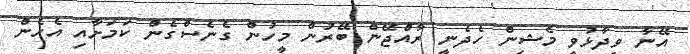
އޭނާ ވިދާޅުވީ މެޝިން ހެދެނީ ރާއްޖޭން ބޭރުން މީހުން ގެނެސްގެން ކަމަށާއި އެހެން